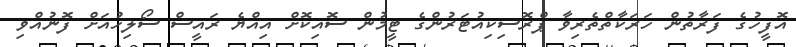
އޮފީހުގެ ފަރާތުން ހަރަކާތްތެރިވާ ޕްރޮސިކިއުޓަރުންގެ ޓީމުން ސޮއިކޮށް އިއްޔެ ރައީސް ސޯލިހުއަށް ފޮނުއްވި